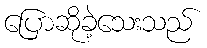
ပြောဆိုခဲ့သေးသည်